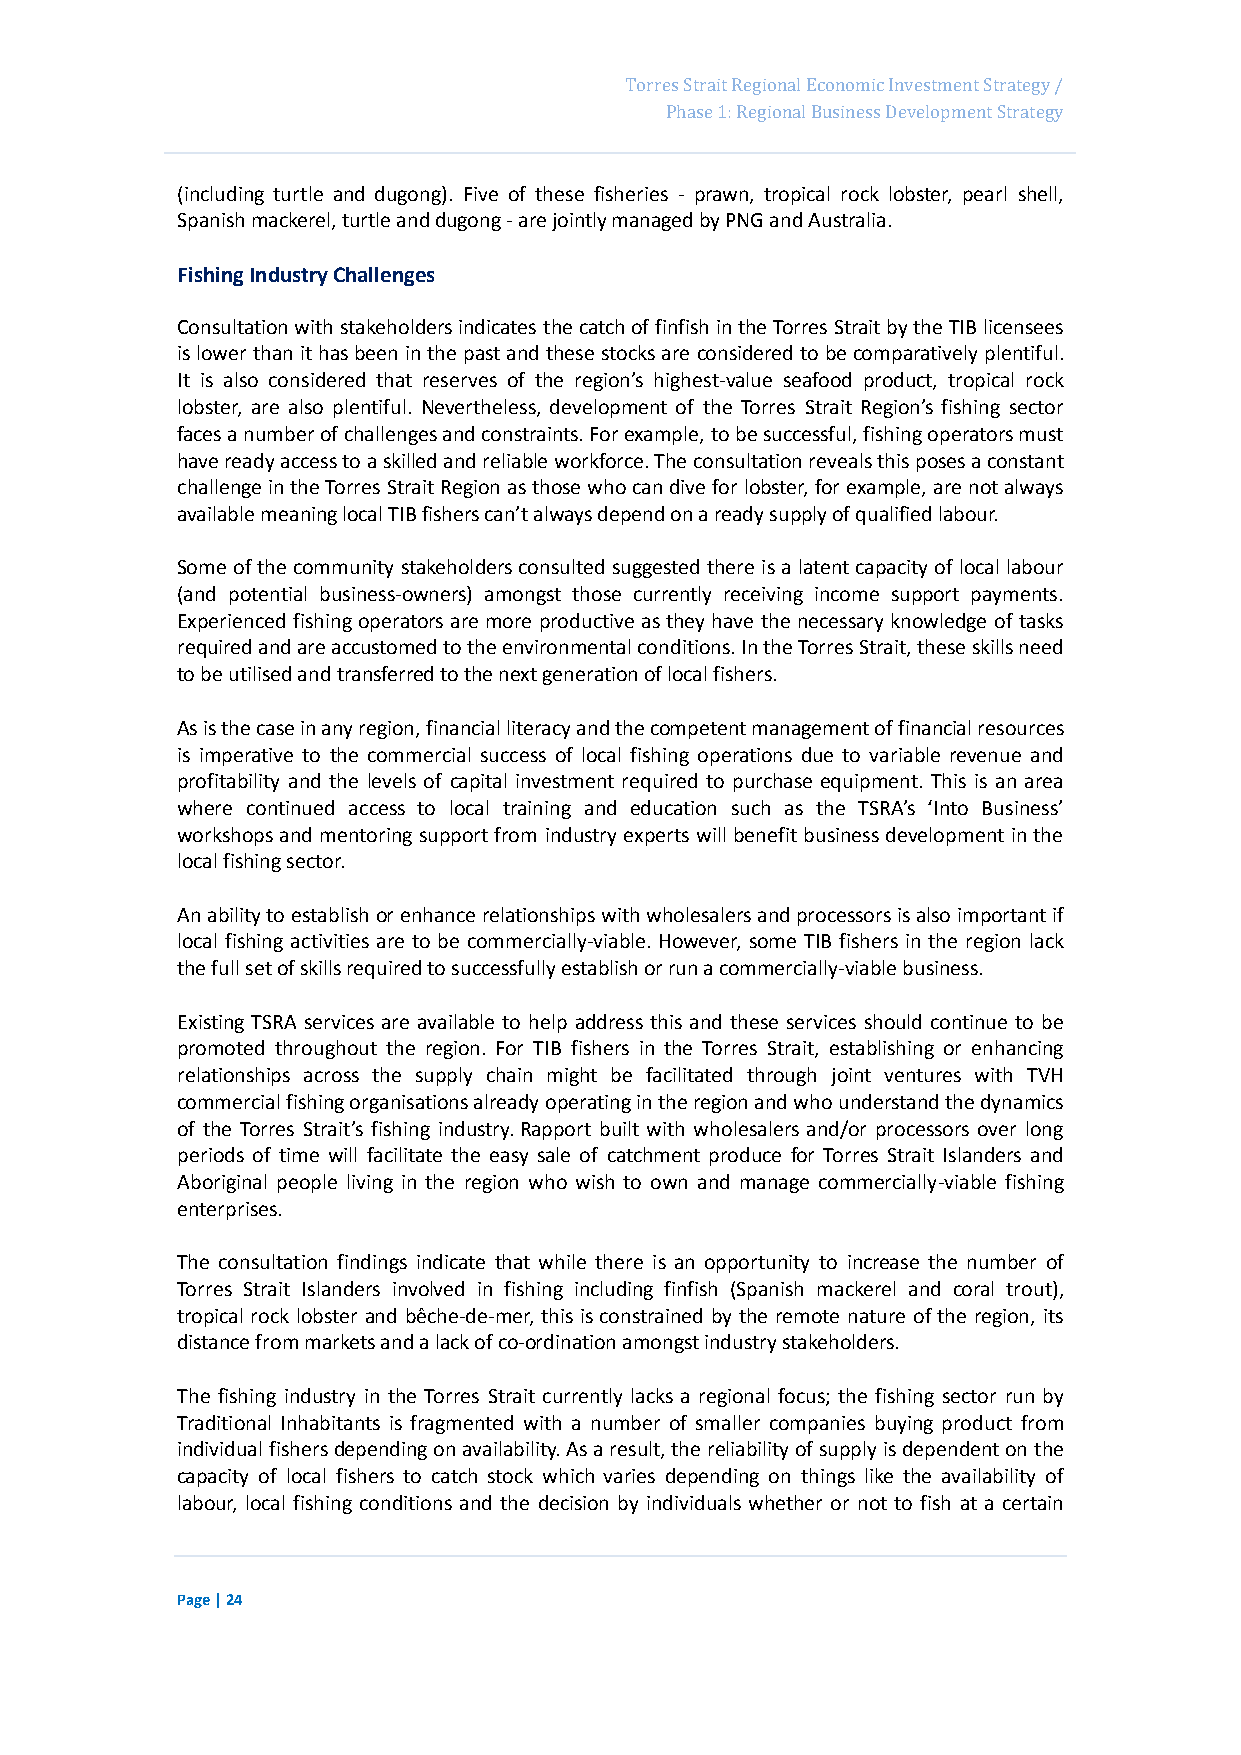
Page 40
 Torres Strait Regional Economic Investment Strategy /
 Phase 1: Regional Business Development Strategy
 (including turtle and dugong). Five of these fisheries - prawn, tropical rock lobster, pearl shell,
 Spanish mackerel, turtle and dugong - are jointly managed by PNG and Australia.
 Fishing Industry Challenges
 Consultation with stakeholders indicates the catch of finfish in the Torres Strait by the TIB licensees
 is lower than it has been in the past and these stocks are considered to be comparatively plentiful.
 It is also considered that reserves of the region’s highest-value seafood product, tropical rock
 lobster, are also plentiful. Nevertheless, development of the Torres Strait Region’s fishing sector
 faces a number of challenges and constraints. For example, to be successful, fishing operators must
 have ready access to a skilled and reliable workforce. The consultation reveals this poses a constant
 challenge in the Torres Strait Region as those who can dive for lobster, for example, are not always
 available meaning local TIB fishers can’t always depend on a ready supply of qualified labour.
 Some of the community stakeholders consulted suggested there is a latent capacity of local labour
 (and potential business-owners) amongst those currently receiving income support payments.
 Experienced fishing operators are more productive as they have the necessary knowledge of tasks
 required and are accustomed to the environmental conditions. In the Torres Strait, these skills need
 to be utilised and transferred to the next generation of local fishers.
 As is the case in any region, financial literacy and the competent management of financial resources
 is imperative to the commercial success of local fishing operations due to variable revenue and
 profitability and the levels of capital investment required to purchase equipment. This is an area
 where continued access to local training and education such as the TSRA’s ‘Into Business’
 workshops and mentoring support from industry experts will benefit business development in the
 local fishing sector.
 An ability to establish or enhance relationships with wholesalers and processors is also important if
 local fishing activities are to be commercially-viable. However, some TIB fishers in the region lack
 the full set of skills required to successfully establish or run a commercially-viable business.
 Existing TSRA services are available to help address this and these services should continue to be
 promoted throughout the region. For TIB fishers in the Torres Strait, establishing or enhancing
 relationships across the supply chain might be facilitated through joint ventures with TVH
 commercial fishing organisations already operating in the region and who understand the dynamics
 of the Torres Strait’s fishing industry. Rapport built with wholesalers and/or processors over long
 periods of time will facilitate the easy sale of catchment produce for Torres Strait Islanders and
 Aboriginal people living in the region who wish to own and manage commercially-viable fishing
 enterprises.
 The consultation findings indicate that while there is an opportunity to increase the number of
 Torres Strait Islanders involved in fishing including finfish (Spanish mackerel and coral trout),
 tropical rock lobster and bêche-de-mer, this is constrained by the remote nature of the region, its
 distance from markets and a lack of co-ordination amongst industry stakeholders.
 The fishing industry in the Torres Strait currently lacks a regional focus; the fishing sector run by
 Traditional Inhabitants is fragmented with a number of smaller companies buying product from
 individual fishers depending on availability. As a result, the reliability of supply is dependent on the
 capacity of local fishers to catch stock which varies depending on things like the availability of
 labour, local fishing conditions and the decision by individuals whether or not to fish at a certain
 Page | 24